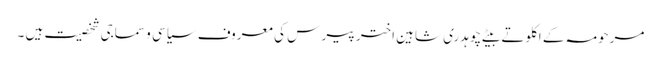
مرحومہ کے اکلوتے بیٹے چوہدری شاہین اختر پیر س کی معروف سیاسی و سماجی شخصیت ہیں ۔